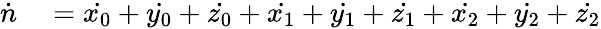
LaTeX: \begin{array}{rl}{\dot{n}}&{{}=\dot{x_{0}}+\dot{y_{0}}+\dot{z_{0}}+\dot{x_{1}}+\dot{y_{1}}+\dot{z_{1}}+\dot{x_{2}}+\dot{y_{2}}+\dot{z_{2}}}\end{array}